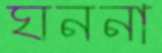
ঘননা